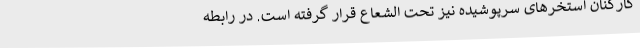
کارکنان استخرهای سرپوشیده نیز تحت الشعاع قرار گرفته است. در رابطه